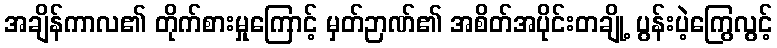
အချိန်ကာလ၏ တိုက်စားမှုကြောင့် မှတ်ဉာဏ်၏ အစိတ်အပိုင်းတချို့ ပွန်းပဲ့ကြွေလွင့်